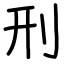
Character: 刑